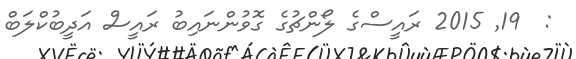
:  19